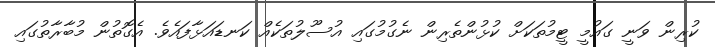
ކުރިން ވަނީ ގައުމީ ޓީމުތަކަށް ކުޅުންތެރިން ނެގުމުގައި އުސޫލުތަކެއް ކަނޑައަޅާފައެވެ. އެގޮތުން މުބާރާތުގައި